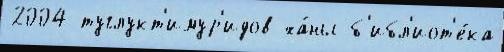
2004 туглукт'имур'идов ха́ны б'ибл'иот'е́ка